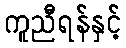
ကူညီရန်နှင့်